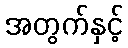
အတွက်နှင့်